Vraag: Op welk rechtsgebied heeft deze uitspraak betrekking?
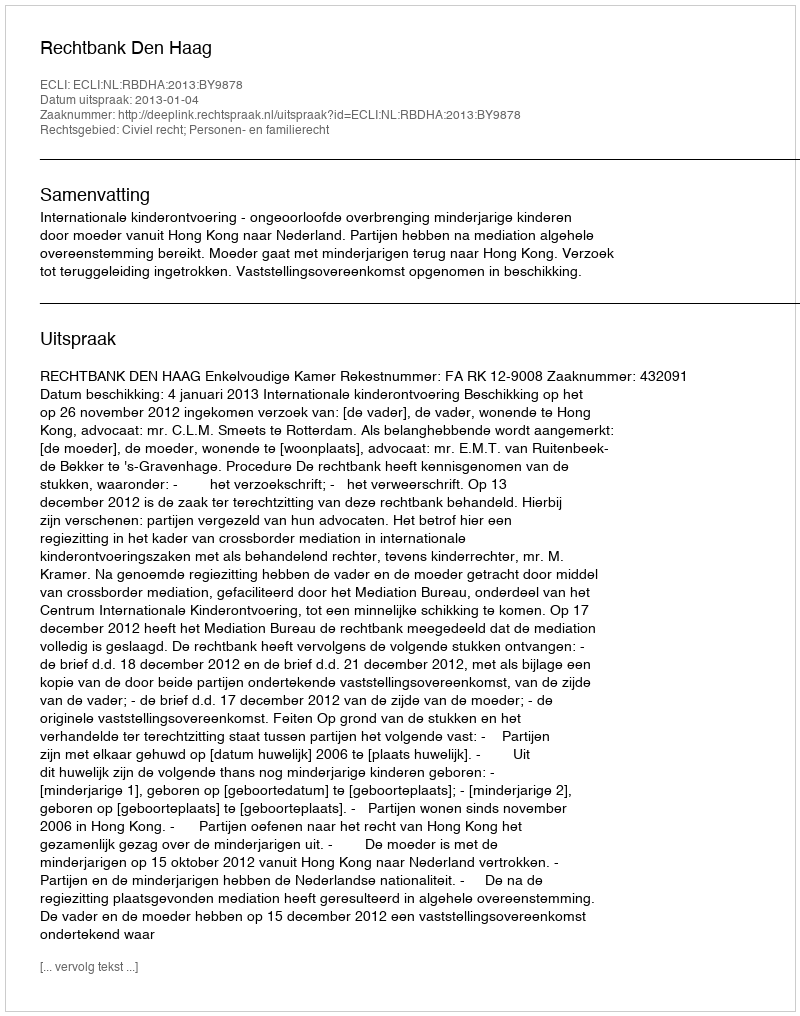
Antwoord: Civiel recht; Personen- en familierecht